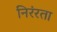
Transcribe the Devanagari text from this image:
निरंरता